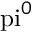
\mathrm { \ p i } ^ { 0 }